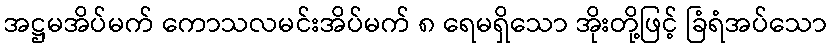
အဋ္ဌမအိပ်မက် ကောသလမင်းအိပ်မက် ၈ ရေမရှိသော အိုးတို့ဖြင့် ခြံရံအပ်သော